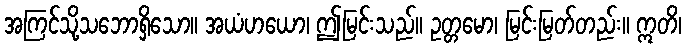
အကြင်သို့သဘောရှိသော။ အယံဟယော၊ ဤမြင်းသည်။ ဥတ္တမော၊ မြင်းမြတ်တည်း။ ဣတိ၊